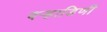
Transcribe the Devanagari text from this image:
वर्‍हाडिणी